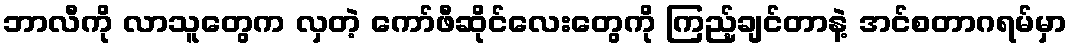
ဘာလီကို လာသူတွေက လှတဲ့ ကော်ဖီဆိုင်လေးတွေကို ကြည့်ချင်တာနဲ့ အင်စတာဂရမ်မှာ